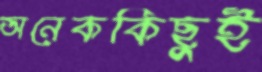
অনেককিছুই